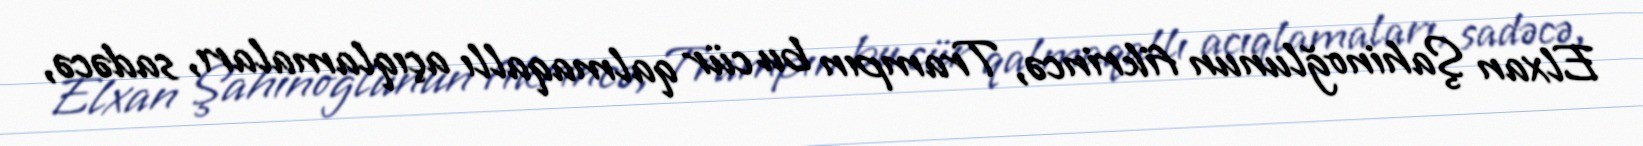
Elxan Şahinoğlunun fikrincə, Trampın bu cür qalmaqallı açıqlamaları, sadəcə,